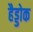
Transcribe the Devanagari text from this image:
हैड्डोक